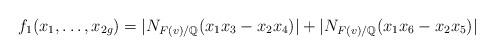
LaTeX: \begin{align*}f_1(x_1,\ldots,x_{2g}) = |N_{F(v)/\mathbb{Q}}(x_1x_3-x_2x_4)| + |N_{F(v)/\mathbb{Q}}(x_1x_6-x_2x_5)|\end{align*}